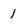
Character: i